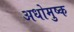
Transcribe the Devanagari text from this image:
अधोमुष्क